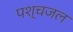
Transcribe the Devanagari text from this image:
पश्चजल